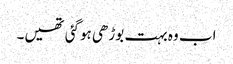
اب وہ بہت بوڑھی ہوگئی تھیں۔